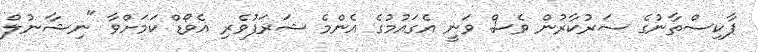
ޕާކިސްތާނުގެ ސަރުކާރުން ވެސް ވަނީ އެގައުމުގެ އެންމެ ޝަރަފުވެރި އެވޯޑް ކަމަށްވާ "ނިޝާނުލް